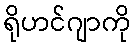
ရိုဟင်ဂျာကို